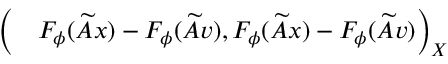
\begin{array} { r l } { \Bigl ( } & { { } F _ { \phi } ( \widetilde { A } x ) - F _ { \phi } ( \widetilde { A } v ) , F _ { \phi } ( \widetilde { A } x ) - F _ { \phi } ( \widetilde { A } v ) \Bigr ) _ { X } } \end{array}